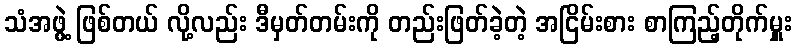
သံအဖွဲ့ ဖြစ်တယ် လို့လည်း ဒီမှတ်တမ်းကို တည်းဖြတ်ခဲ့တဲ့ အငြိမ်းစား စာကြည့်တိုက်မှူး